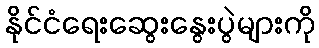
နိုင်ငံရေးဆွေးနွေးပွဲများကို